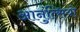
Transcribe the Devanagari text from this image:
आनुंत्सियो